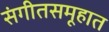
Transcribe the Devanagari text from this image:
संगीतसमूहात